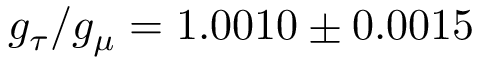
g _ { \tau } / g _ { \mu } = 1 . 0 0 1 0 \pm 0 . 0 0 1 5